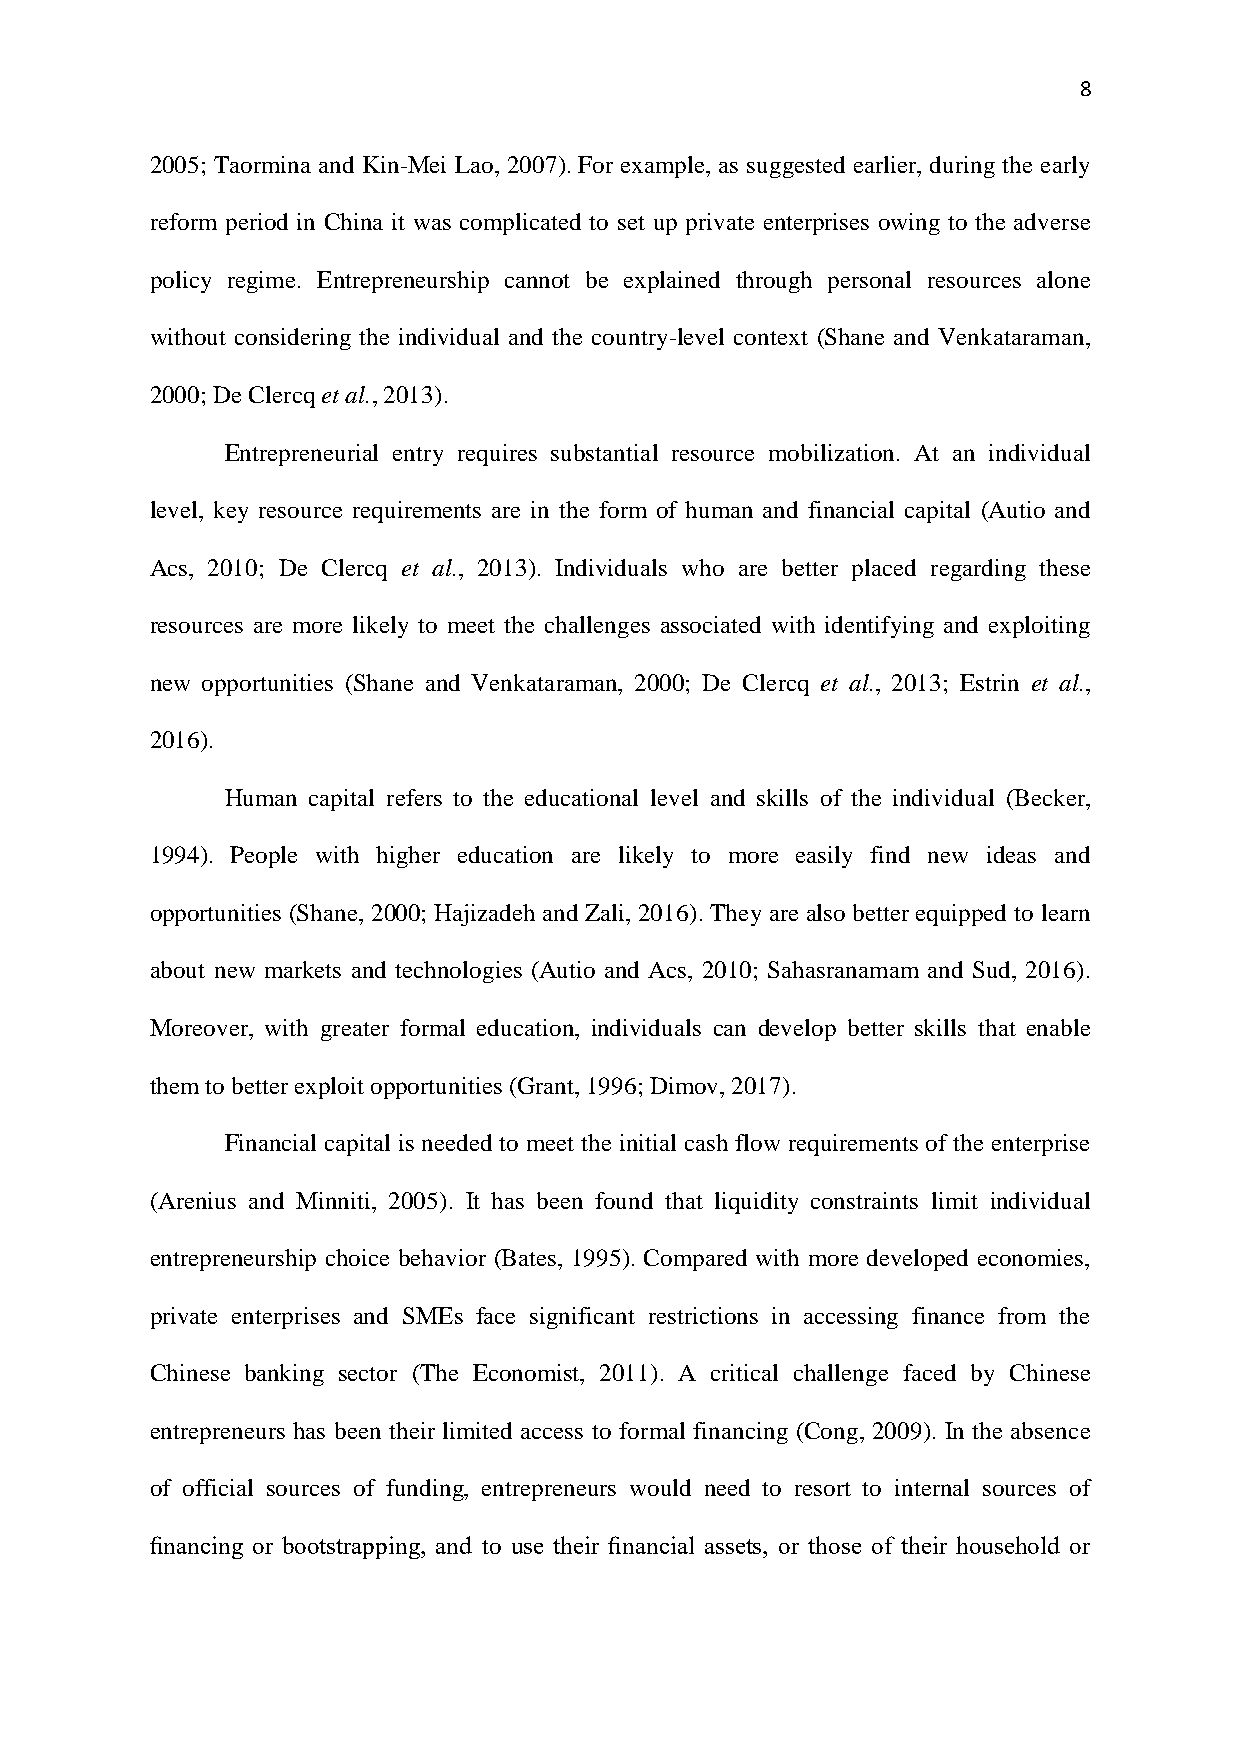
8
 2005; Taormina and Kin-Mei Lao, 2007). For example, as suggested earlier, during the early
 reform period in China it was complicated to set up private enterprises owing to the adverse
 policy regime. Entrepreneurship cannot be explained through personal resources alone
 without considering the individual and the country-level context (Shane and Venkataraman,
 2000; De Clercq et al., 2013).
 Entrepreneurial entry requires substantial resource mobilization. At an individual
 level, key resource requirements are in the form of human and financial capital (Autio and
 Acs, 2010; De Clercq et al., 2013). Individuals who are better placed regarding these
 resources are more likely to meet the challenges associated with identifying and exploiting
 new opportunities (Shane and Venkataraman, 2000; De Clercq et al., 2013; Estrin et al.,
 2016).
 Human capital refers to the educational level and skills of the individual (Becker,
 1994). People with higher education are likely to more easily find new ideas and
 opportunities (Shane, 2000; Hajizadeh and Zali, 2016). They are also better equipped to learn
 about new markets and technologies (Autio and Acs, 2010; Sahasranamam and Sud, 2016).
 Moreover, with greater formal education, individuals can develop better skills that enable
 them to better exploit opportunities (Grant, 1996; Dimov, 2017).
 Financial capital is needed to meet the initial cash flow requirements of the enterprise
 (Arenius and Minniti, 2005). It has been found that liquidity constraints limit individual
 entrepreneurship choice behavior (Bates, 1995). Compared with more developed economies,
 private enterprises and SMEs face significant restrictions in accessing finance from the
 Chinese banking sector (The Economist, 2011). A critical challenge faced by Chinese
 entrepreneurs has been their limited access to formal financing (Cong, 2009). In the absence
 of official sources of funding, entrepreneurs would need to resort to internal sources of
 financing or bootstrapping, and to use their financial assets, or those of their household or